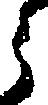
郎